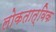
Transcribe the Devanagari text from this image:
लोकतात्विक